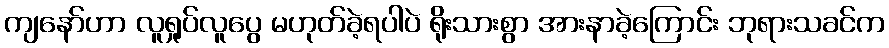
ကျနော်ဟာ လူရှုပ်လူပွေ မဟုတ်ခဲ့ရပါပဲ ရိုးသားစွာ အားနာခဲ့ကြောင်း ဘုရားသခင်က